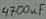
Text: 4700uF